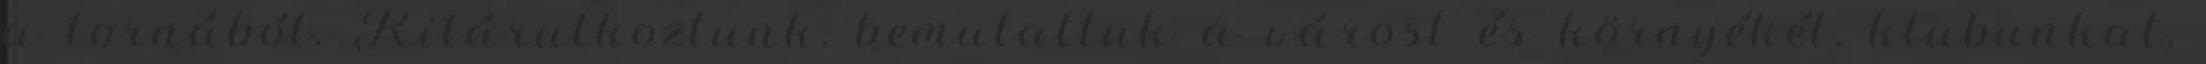
a tornából. Kitárulkoztunk, bemutattuk a várost és környékét, klubunkat,